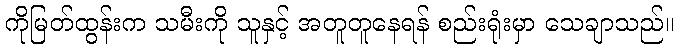
ကိုမြတ်ထွန်းက သမီးကို သူနှင့် အတူတူနေရန် စည်းရုံးမှာ သေချာသည်။